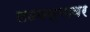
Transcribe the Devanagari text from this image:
लढवल्यावर